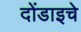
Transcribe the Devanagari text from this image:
दोंडाइचे